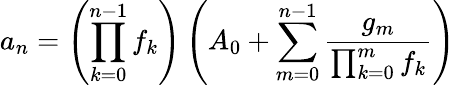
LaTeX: a_{n}=\left(\prod_{k=0}^{n-1}f_{k}\right)\left(A_{0}+\sum_{m=0}^{n-1}{\frac{g_{m}}{\prod_{k=0}^{m}f_{k}}}\right)